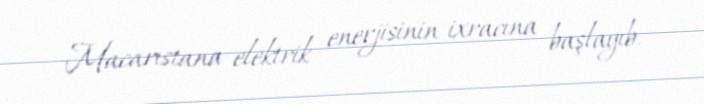
Macarıstana elektrik enerjisinin ixracına başlayıb.